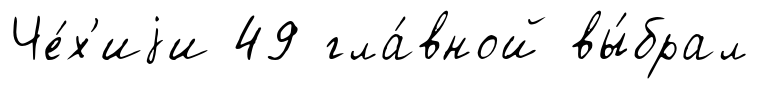
Че́х'иjи 49 гла́вной вы́брал